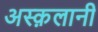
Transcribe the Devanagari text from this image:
अस्क़लानी